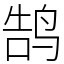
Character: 鹄